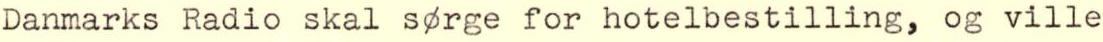
Danmarks Radio skal s rge for hotelbestilling, og ville